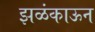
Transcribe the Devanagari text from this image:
झळंकाऊन